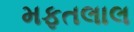
મફતલાલ